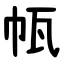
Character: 㼙